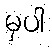
မှပါ